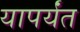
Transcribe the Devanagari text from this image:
यापर्यंत